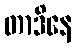
တာဒိနေ